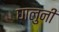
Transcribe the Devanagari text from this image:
घालुनी